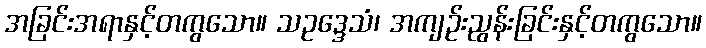
အခြင်းအရာနှင့်တကွသော။ သဥဒ္ဒေသံ၊ အကျဉ်းညွန်းခြင်းနှင့်တကွသော။